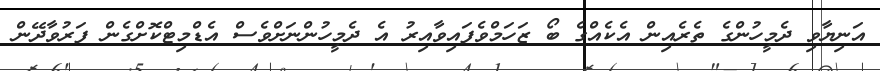
އަނިޔާވި ދެމީހުންގެ ތެރެއިން އެކެއްގެ ބޯ ޒަހަމްވެފައިވާއިރު އެ ދެމީހުންނަށްވެސް އެޑްމިޓްކޮށްގެން ފަރުވާދޭން